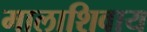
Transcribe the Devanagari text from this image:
मालाशिवाय